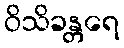
ဝိသိခန္တရေ